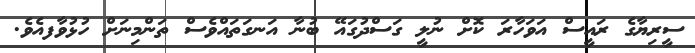
ސީރިޔާގެ ރައީސް އަވަހާރަ ކޮށް ނުލީ ގަސްދުގައޭ ބުނާ އަނގަތައްވެސް ތަންމިނަށްް ހުޅުވާފއެވެ.